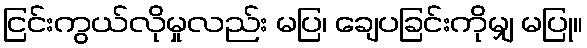
ငြင်းကွယ်လိုမှုလည်း မပြ၊ ချေပခြင်းကိုမျှ မပြု။